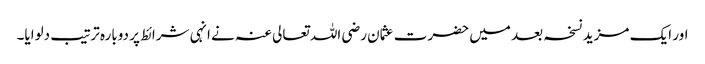
اور ایک مزید نسخہ بعد میں‌ حضرت عثمان رضی اللہ تعالی عنہ نے انہی شرائط پر دوبارہ ترتیب دلوایا۔